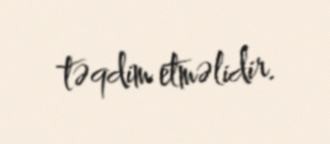
təqdim etməlidir.